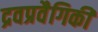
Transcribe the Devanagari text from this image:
द्रवप्रवैगिकी